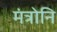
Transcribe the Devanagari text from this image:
मंत्रोनि